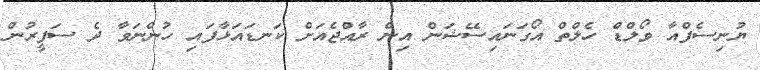
ޔުނިސެފްއާ ވޯލްޑް ހެލްތް އޯގަނައިސޭޝަން އިން ރާއްޖެއަށް ކަނޑައަޅާފައި ހުންނަވާ ދެ ސަފީރުން